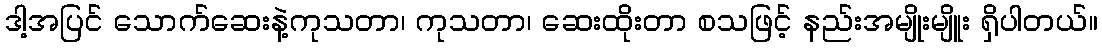
ဒါ့အပြင် သောက်ဆေးနဲ့ကုသတာ၊ ကုသတာ၊ ဆေးထိုးတာ စသဖြင့် နည်းအမျိုးမျိူး ရှိပါတယ်။